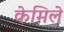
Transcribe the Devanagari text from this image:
केमिले